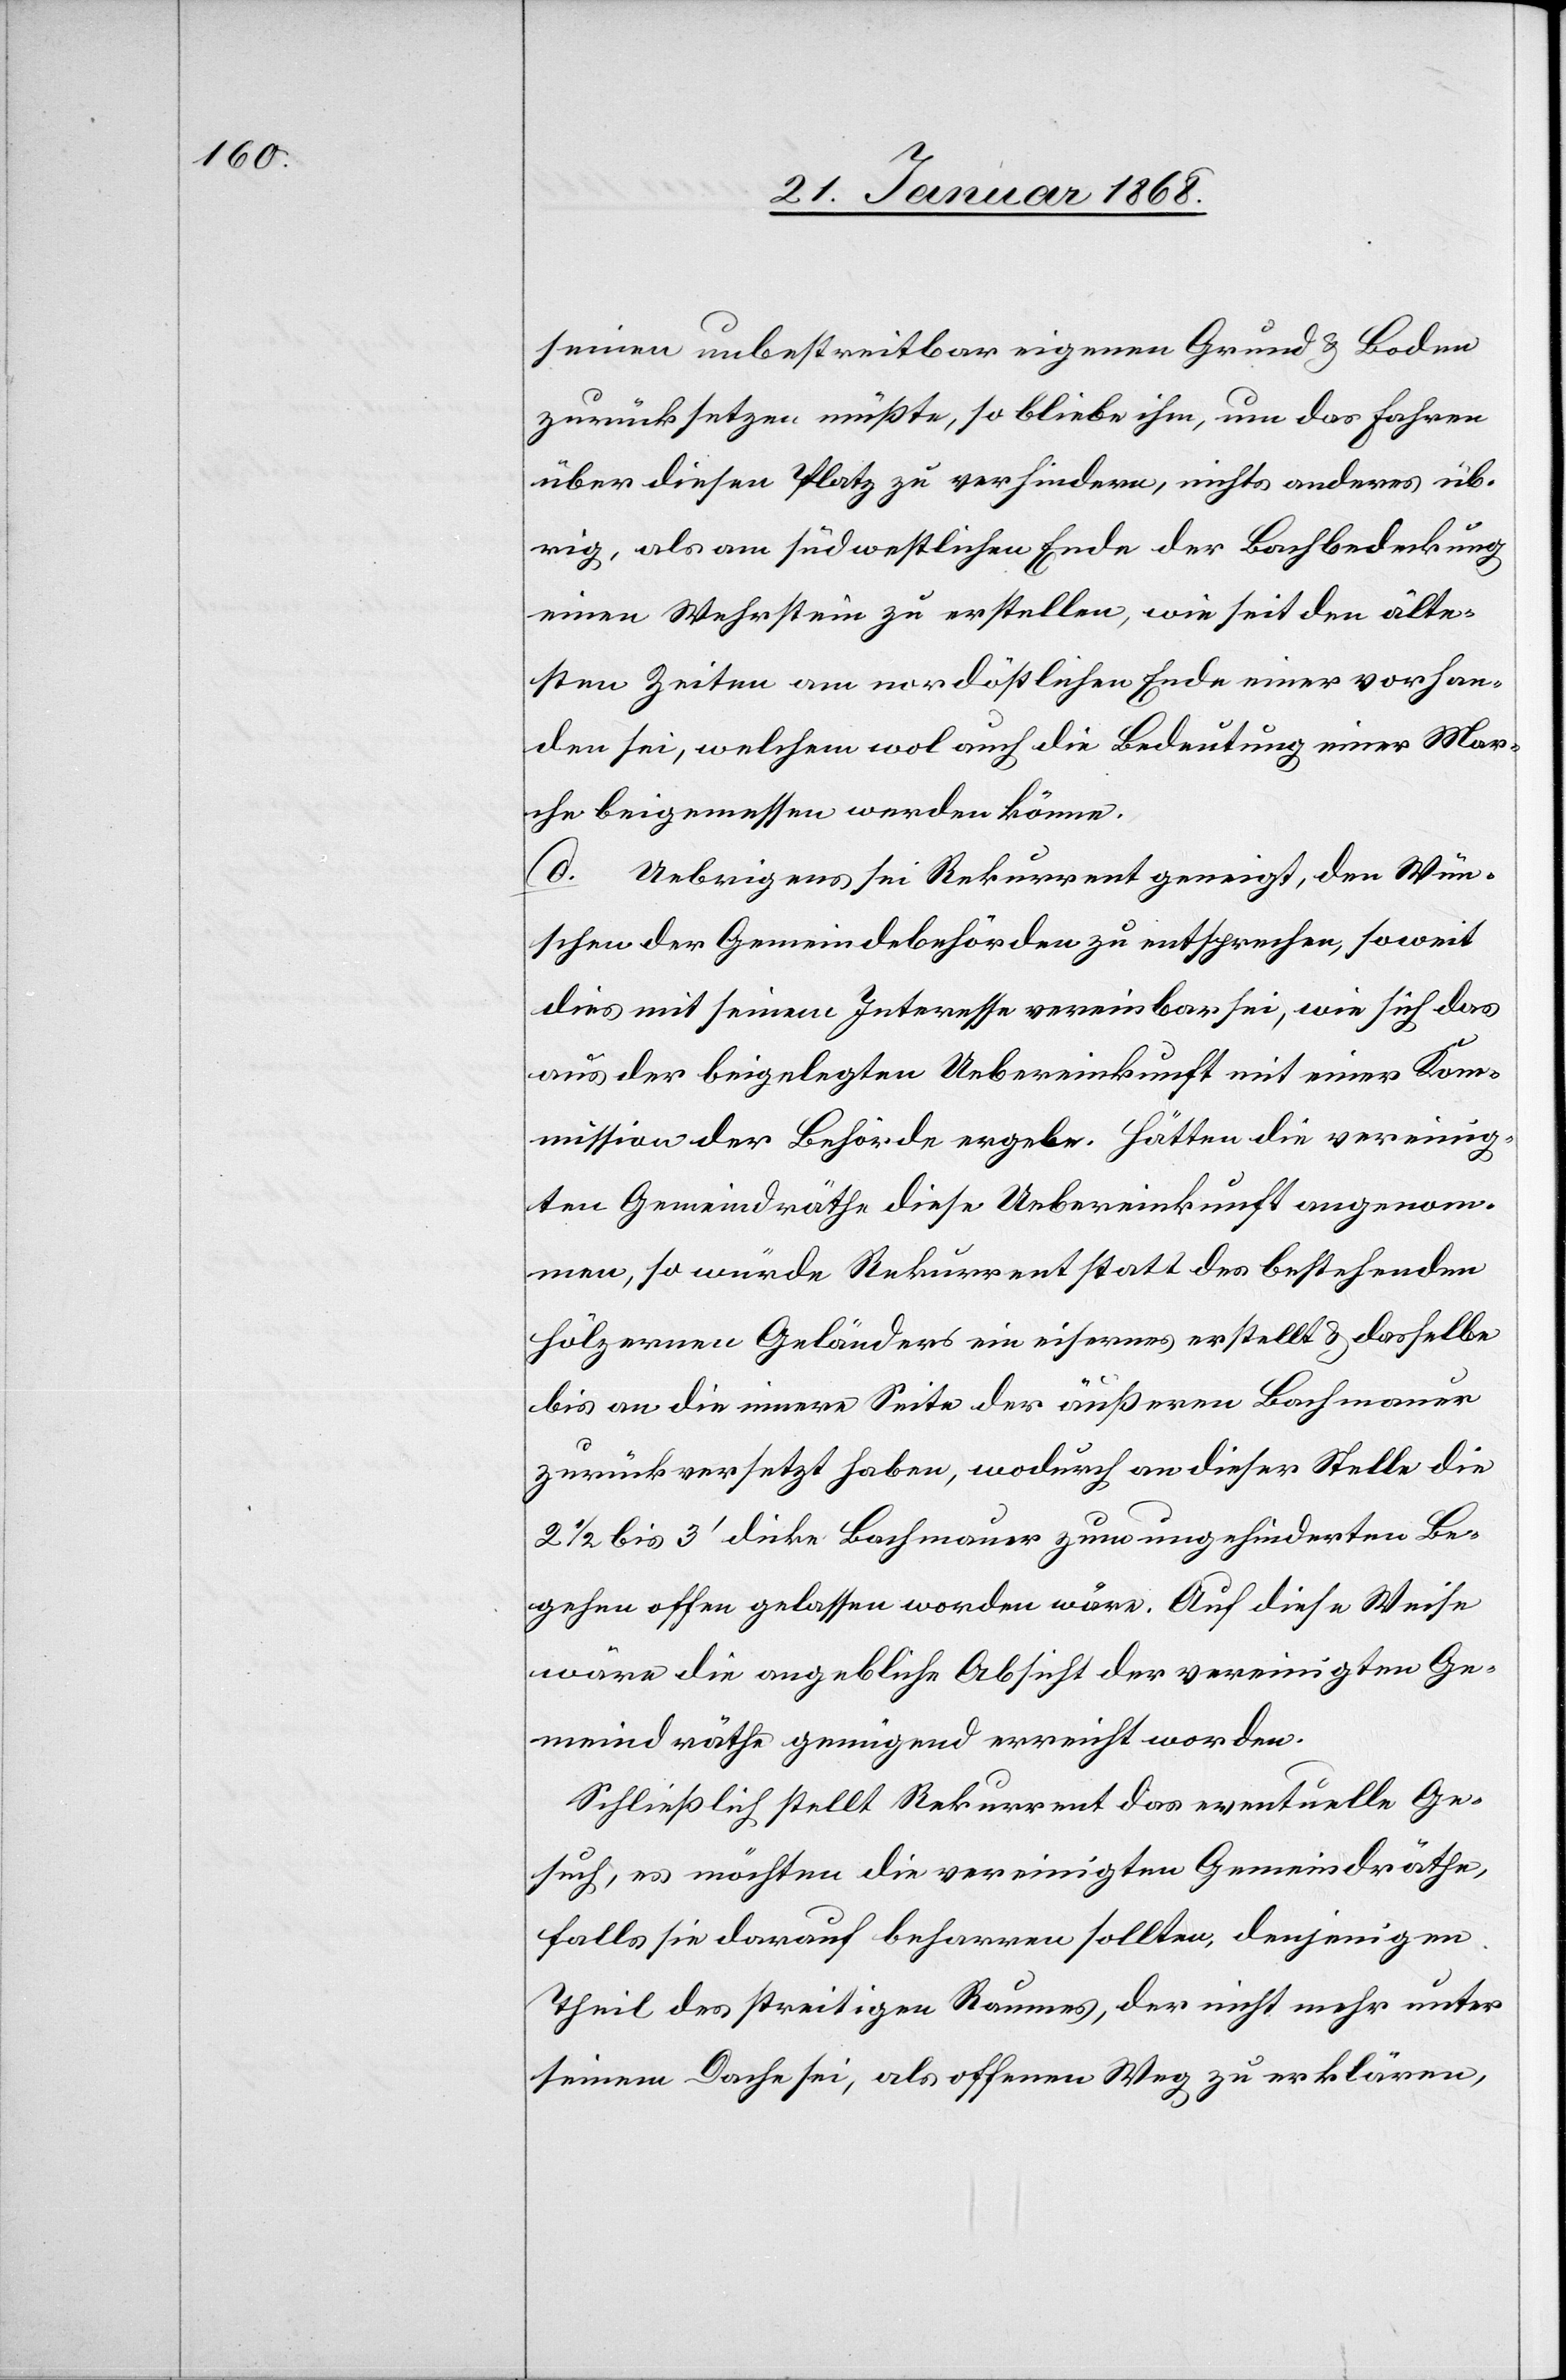
seinen unbestreitbar eigenen Grund & Boden
zurücksetzen müßte, so bliebe ihm, um das Fahren
über diesen Platz zu verhindern, nichts anderes üb¬
rig, als am südwestlichen Ende der Bachbedeckung
einen Wehrstein zu erstellen, wie seit den älte¬
sten Zeiten am nordöstlichen Ende einer vorhan¬
den sei, welchem wol auch die Bedeutung einer Mar¬
che beigemessen werden könne.
d. Uebrigens sei Rekurrent geneigt, den Wün¬
schen der Gemeindebehörden zu entsprechen, soweit
dies mit seinem Interesse vereinbar sei, wie sich das
aus der beigelegten Uebereinkunft mit einer Kom¬
mission der Behörde ergebe. Hätten die vereinig¬
ten Gemeindräthe diese Uebereinkunft angenom¬
men, so würde Rekurrent statt des bestehenden
hölzernen Geländers ein eisernes erstellt & dasselbe
bis an die innere Seite der äußeren Bachmauer
zurück versetzt haben, wodurch an dieser Stelle die
2 1/2 bis 3‘ dicke Bachmauer zum ungehinderten Be¬
gehen offen gelassen worden wäre. Auf diese Weise
wäre die angebliche Absicht der vereinigten Ge¬
meindräthe genügend erreicht worden.
Schließlich stellt Rekurrent das eventuelle Ge¬
such, es möchten die vereinigten Gemeindräthe,
falls sie darauf beharren sollten, denjenigen
Theil des streitigen Raumes, der nicht mehr unter
seinem Dache sei, als offenen Weg zu erklären,